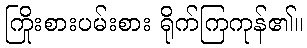
ကြိုးစားပမ်းစား ရိုက်ကြကုန်၏။